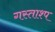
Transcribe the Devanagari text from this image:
गस्ताश्प